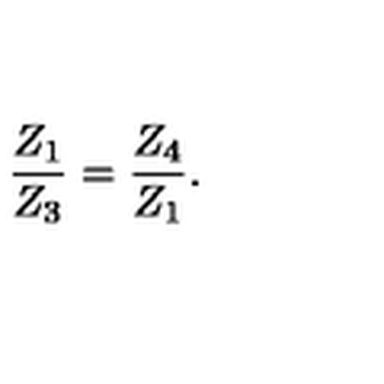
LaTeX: \frac { Z _ { 1 } } { Z _ { 3 } } = \frac { Z _ { 4 } } { Z _ { 1 } } .